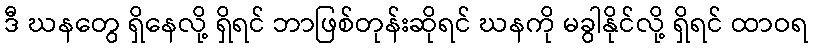
ဒီ ဃနတွေ ရှိနေလို့ ရှိရင် ဘာဖြစ်တုန်းဆိုရင် ဃနကို မခွါနိုင်လို့ ရှိရင် ထာဝရ